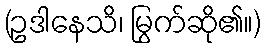
(ဥဒါနေသိ၊ မြွက်ဆို၏။)